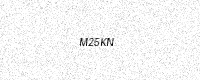
Text: M25KN